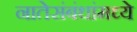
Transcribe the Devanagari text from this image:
नातेसंबंधांमध्ये